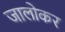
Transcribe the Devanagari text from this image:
जालोकर